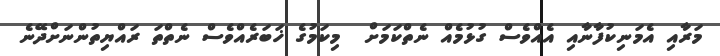
މަރާއި އެމަނިކުފާނާއި އެއްވެސް ގުޅުމެއް ނެތްކަމަށް  މިކަމުގެ ޚަބަރެއްވެސް ނެތްތަ ރައްޔިތުންނަށްދޭނެ